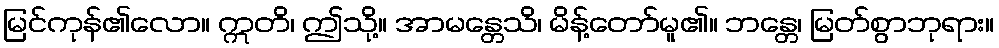
မြင်ကုန်၏လော။ ဣတိ၊ ဤသို့။ အာမန္တေသိ၊ မိန့်တော်မူ၏။ ဘန္တေ၊ မြတ်စွာဘုရား။